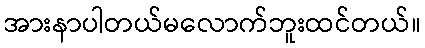
အားနာပါတယ်မလောက်ဘူးထင်တယ်။